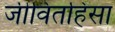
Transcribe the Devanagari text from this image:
जीवितहिंसा